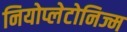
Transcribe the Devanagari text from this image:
नियोप्लेटोनिज्म